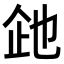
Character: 𬾍